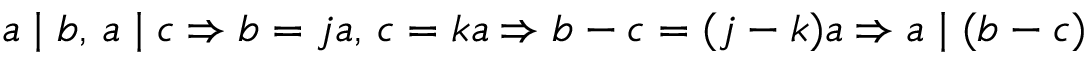
a \mid b , \, a \mid c \Rightarrow b = j a , \, c = k a \Rightarrow b - c = ( j - k ) a \Rightarrow a \mid ( b - c )